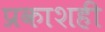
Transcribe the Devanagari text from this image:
प्रकाशही